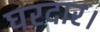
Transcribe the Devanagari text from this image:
घरदार।